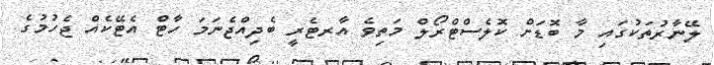
ލޭނާރުތަކުގައި މާ ބޮޑަށް ކޮލެސްޓްރޯލް މަތިވެ އާރޓެރީ ބެދިއްޖެނަމަ ހާޓް އެޓޭކެއް ޖެހުމުގެ